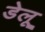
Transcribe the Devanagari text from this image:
डेलू